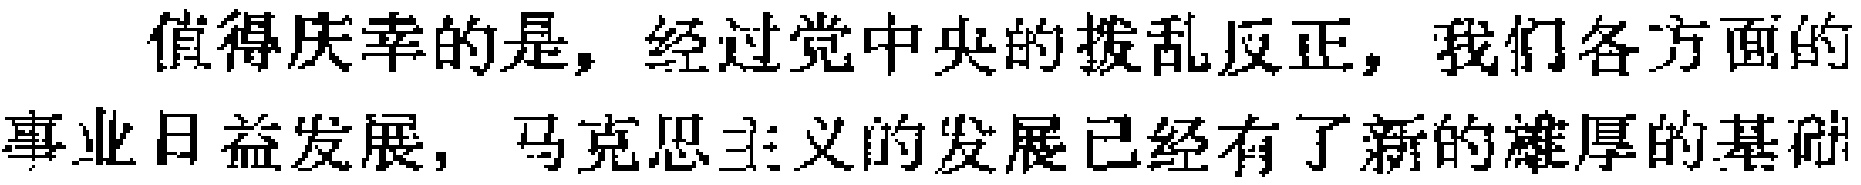
值得庆幸的是，经过党中央的拨乱反正，我们各方面的事业日益发展，马克思主义的发展已经有了新的雄厚的基础